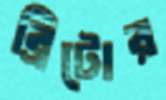
ব্রিটোর